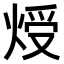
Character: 𤊐